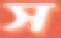
স